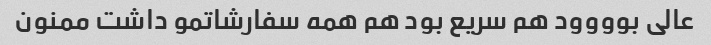
عالی بوووود هم سریع بود هم همه سفارشاتمو داشت ممنون